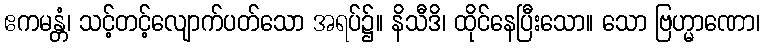
ဧကမန္တံ၊ သင့်တင့်လျောက်ပတ်သော အရပ်၌။ နိသီဒိ၊ ထိုင်နေပြီးသော။ သော ဗြဟ္မာဏော၊